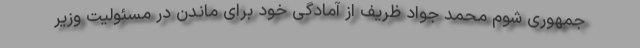
‌جمهوری شوم محمد جواد ظریف از آمادگی خود برای ماندن در مسئولیت وزیر